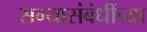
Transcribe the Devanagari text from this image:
सग्यासंबंधींच्या